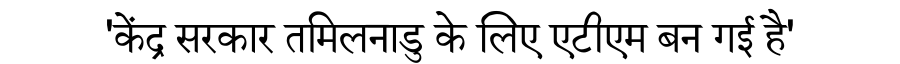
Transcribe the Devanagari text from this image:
'केंद्र सरकार तमिलनाडु के लिए एटीएम बन गई है'